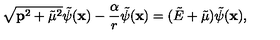
\sqrt { { \bf p } ^ { 2 } + { { \tilde { \mu } } } ^ { 2 } } { \tilde { \psi } ( { \bf x } ) } - { \frac { \alpha } { r } } { \tilde { \psi } } ( { \bf x } ) = ( { \tilde { E } } + { \tilde { \mu } } ) { \tilde { \psi } } ( { \bf x } ) ,